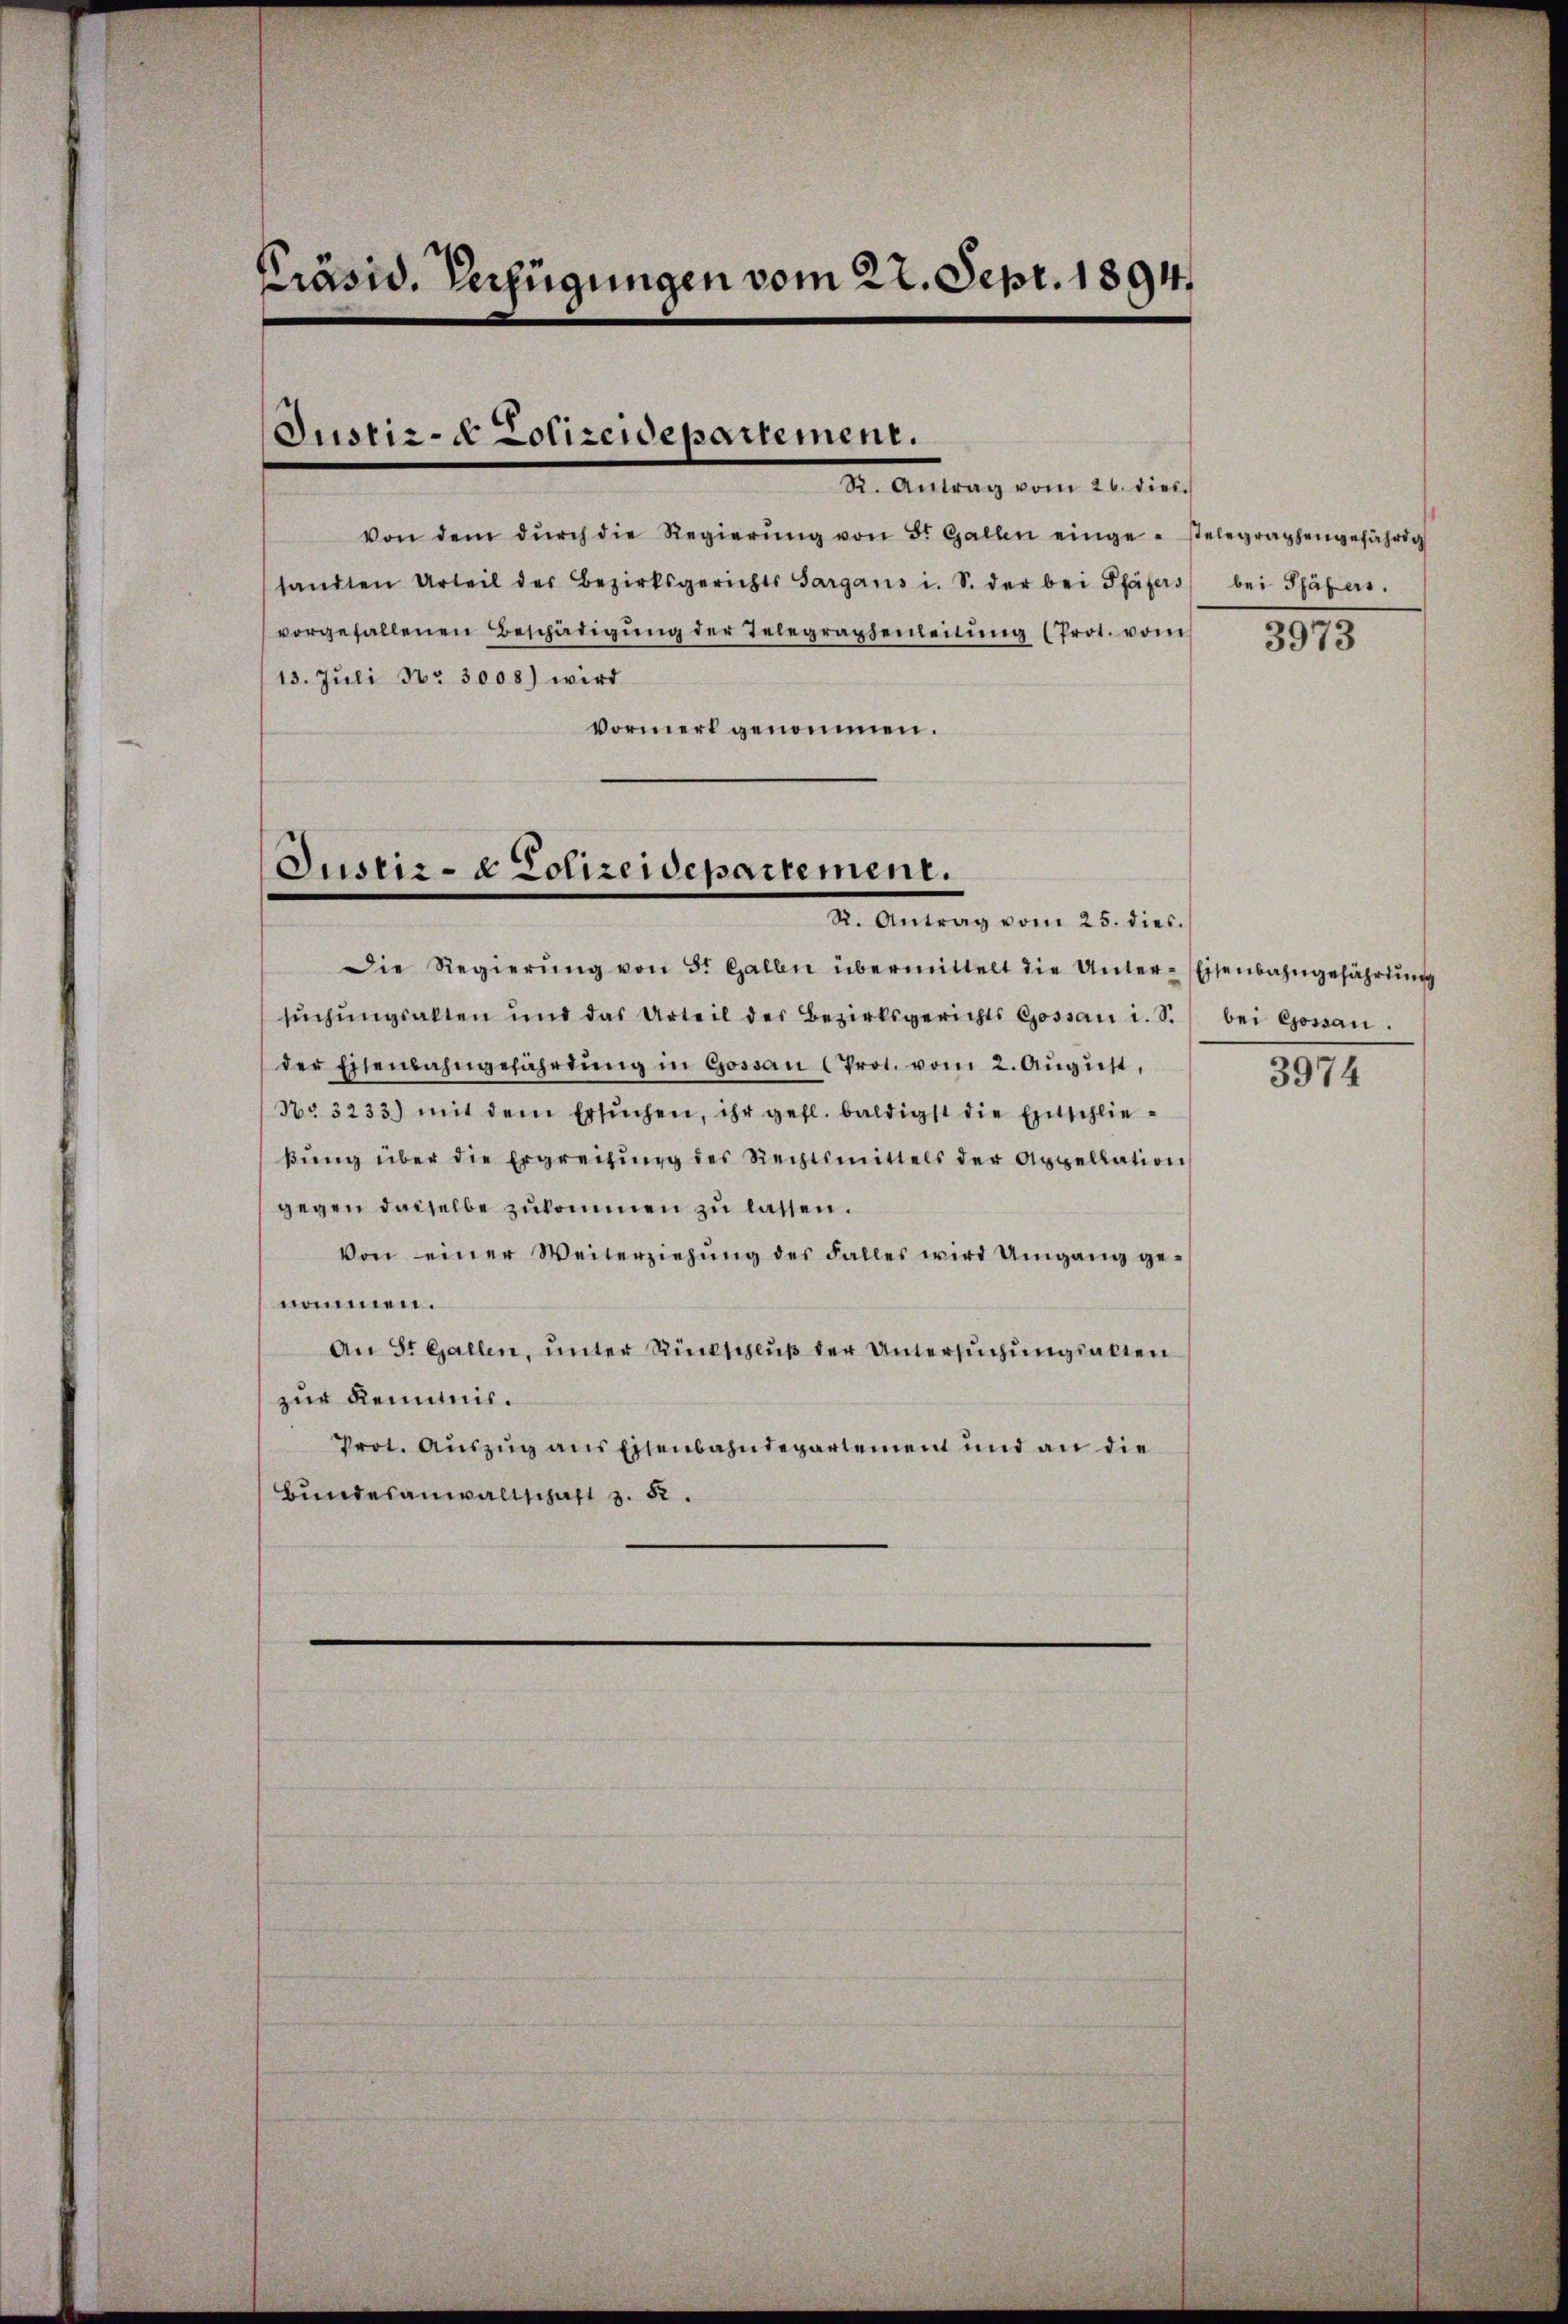
Präsid. Verfügungen vom 22. Sept. 1894.

von dem dŭrch die Regierŭng von B. Gallen eingestelegraphengefährig
sandten Urteil der Bezirksgerichts Sargaus i. S. der bei Pfäfers bei Pfäfer.
vorgefallenen Beschädigŭng der Telegraphenleitŭng (Prot. vom
13. Juli No 3008) wird
vormerk genommen.

Justiz- & Polizeidepartement.
Dr. Antrag vom 20. die

Justiz- & Polizeidepartement.
2. Antrag vom 26. dies

Die Regierŭng von St. Gallen übermittelt die Unter-Eisenbahngefährdung
sŭchŭngsakten und das Urteil des Bezirksgerichts Gossaŭ i. S. bei Gossau.
der Eisenbahngefährtŭng in Gossaŭ (Prot. vom 2. Aŭgŭst,
No. 3233) mit dem ersŭchen, ihr gefl. baldigst die Entschlieβŭng über die Ergreifung des Rechtsmittels der Appellation
gegen dasselbe zukommen zu lassen.
Von einer Weiterziehung des Falles wird Umgang genommen.
An St. Gallen, unter Rückschluß der Untersuchungsalten
zur Kenntnis.
Prot. Auszug aus Eisenbahndepartement und an die
Bundesanwaltschaft z. 52.

3973

3974